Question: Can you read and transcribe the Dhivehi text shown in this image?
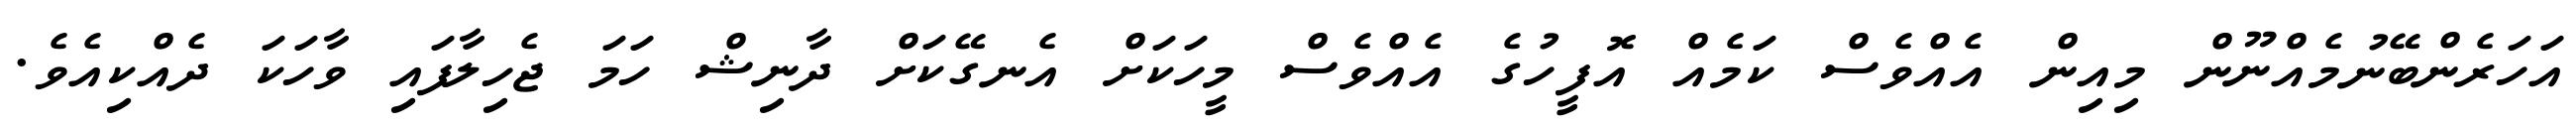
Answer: އަހަރެންބޭނުމެއްނޫން މިއިން އެއްވެސް ކަމެއް އޮފީހުގެ އެއްވެސް މީހަކަށް އެނގޭކަށް ދާނިޝް ހަމަ ޖެހިލާފައި ވާހަކަ ދެއްކިއެވެ.